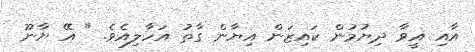
އާއި އީވާ ދިޔުމުން ކައިޒަން އިޔާން ގާތު އަހާލިއެވެ. " އޭ ޔާނޫ